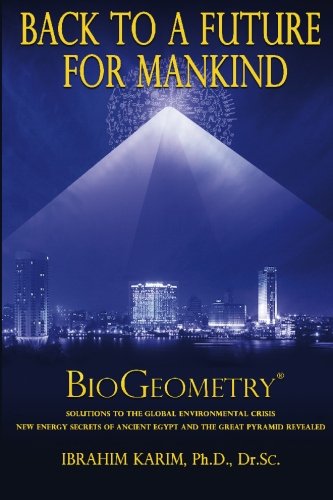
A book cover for Back To a Future for Mankind: BioGeometry; Ibrahim Karim; Crafts, Hobbies & Home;